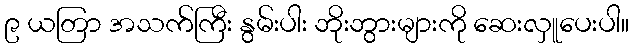
၉ ယတြာ အသက်ကြီး နွမ်းပါး ဘိုးဘွားများကို ဆေးလှူပေးပါ။